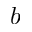
b